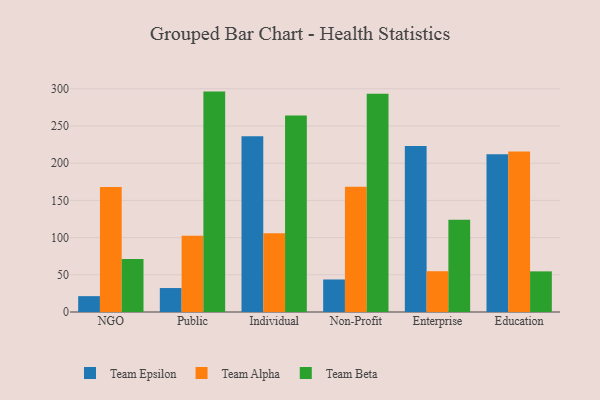
{"axis": {"x": "Segment", "y": "Operating Costs (USD K)"}, "legend": ["Team Alpha", "Team Beta", "Team Epsilon"], "data": [{"x": "NGO", "y": 21.3, "type": "Team Epsilon"}, {"x": "NGO", "y": 168.0, "type": "Team Alpha"}, {"x": "NGO", "y": 71.1, "type": "Team Beta"}, {"x": "Public", "y": 32.2, "type": "Team Epsilon"}, {"x": "Public", "y": 102.6, "type": "Team Alpha"}, {"x": "Public", "y": 296.2, "type": "Team Beta"}, {"x": "Individual", "y": 236.3, "type": "Team Epsilon"}, {"x": "Individual", "y": 105.9, "type": "Team Alpha"}, {"x": "Individual", "y": 264.1, "type": "Team Beta"}, {"x": "Non-Profit", "y": 43.7, "type": "Team Epsilon"}, {"x": "Non-Profit", "y": 168.2, "type": "Team Alpha"}, {"x": "Non-Profit", "y": 293.3, "type": "Team Beta"}, {"x": "Enterprise", "y": 223.1, "type": "Team Epsilon"}, {"x": "Enterprise", "y": 54.8, "type": "Team Alpha"}, {"x": "Enterprise", "y": 123.9, "type": "Team Beta"}, {"x": "Education", "y": 211.9, "type": "Team Epsilon"}, {"x": "Education", "y": 215.7, "type": "Team Alpha"}, {"x": "Education", "y": 54.6, "type": "Team Beta"}]}